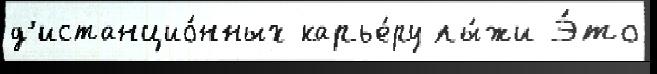
д'истанцио́нных карье́ру лы́жи Э́то